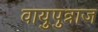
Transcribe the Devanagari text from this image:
वायुपुत्राज